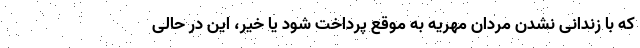
که با زندانی نشدن مردان مهریه به موقع پرداخت شود یا خیر، این در حالی